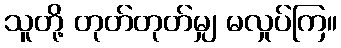
သူတို့ တုတ်တုတ်မျှ မလှုပ်ကြ။